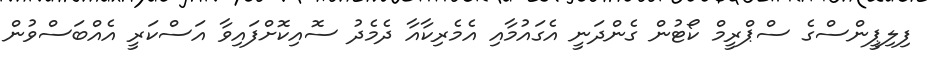
ފިލިޕީންސްގެ ސްޕްރީމް ކޯޓުން ގެންދަނީ އެގައުމާއި އެމެރިކާއާ ދެމެދު ސޮއިކޮށްފައިވާ އަސްކަރީ އެއްބަސްވުން